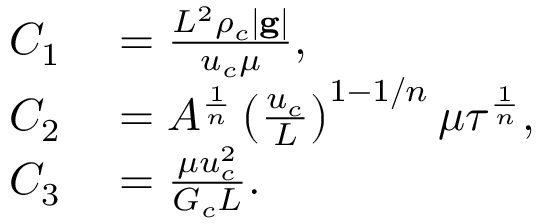
\begin{array} { r l } { C _ { 1 } } & { { } = \frac { L ^ { 2 } \rho _ { c } | \mathbf { g } | } { u _ { c } \mu } , } \\ { C _ { 2 } } & { { } = A ^ { \frac { 1 } { n } } \left( \frac { u _ { c } } { L } \right) ^ { 1 - 1 / n } \mu \tau ^ { \frac { 1 } { n } } , } \\ { C _ { 3 } } & { { } = \frac { \mu u _ { c } ^ { 2 } } { G _ { c } L } . } \end{array}